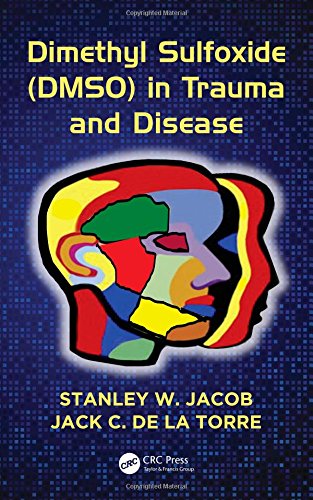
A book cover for Dimethyl Sulfoxide (DMSO) in Trauma and Disease; Stanley W. Jacob; Medical Books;